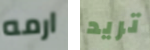
ارمه تريد